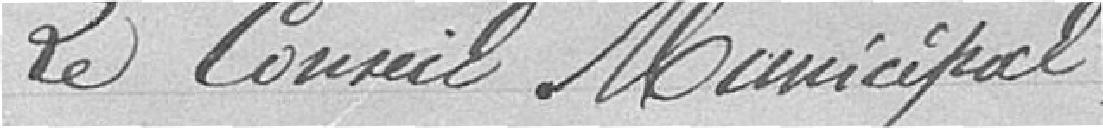
Le conseil municipal,